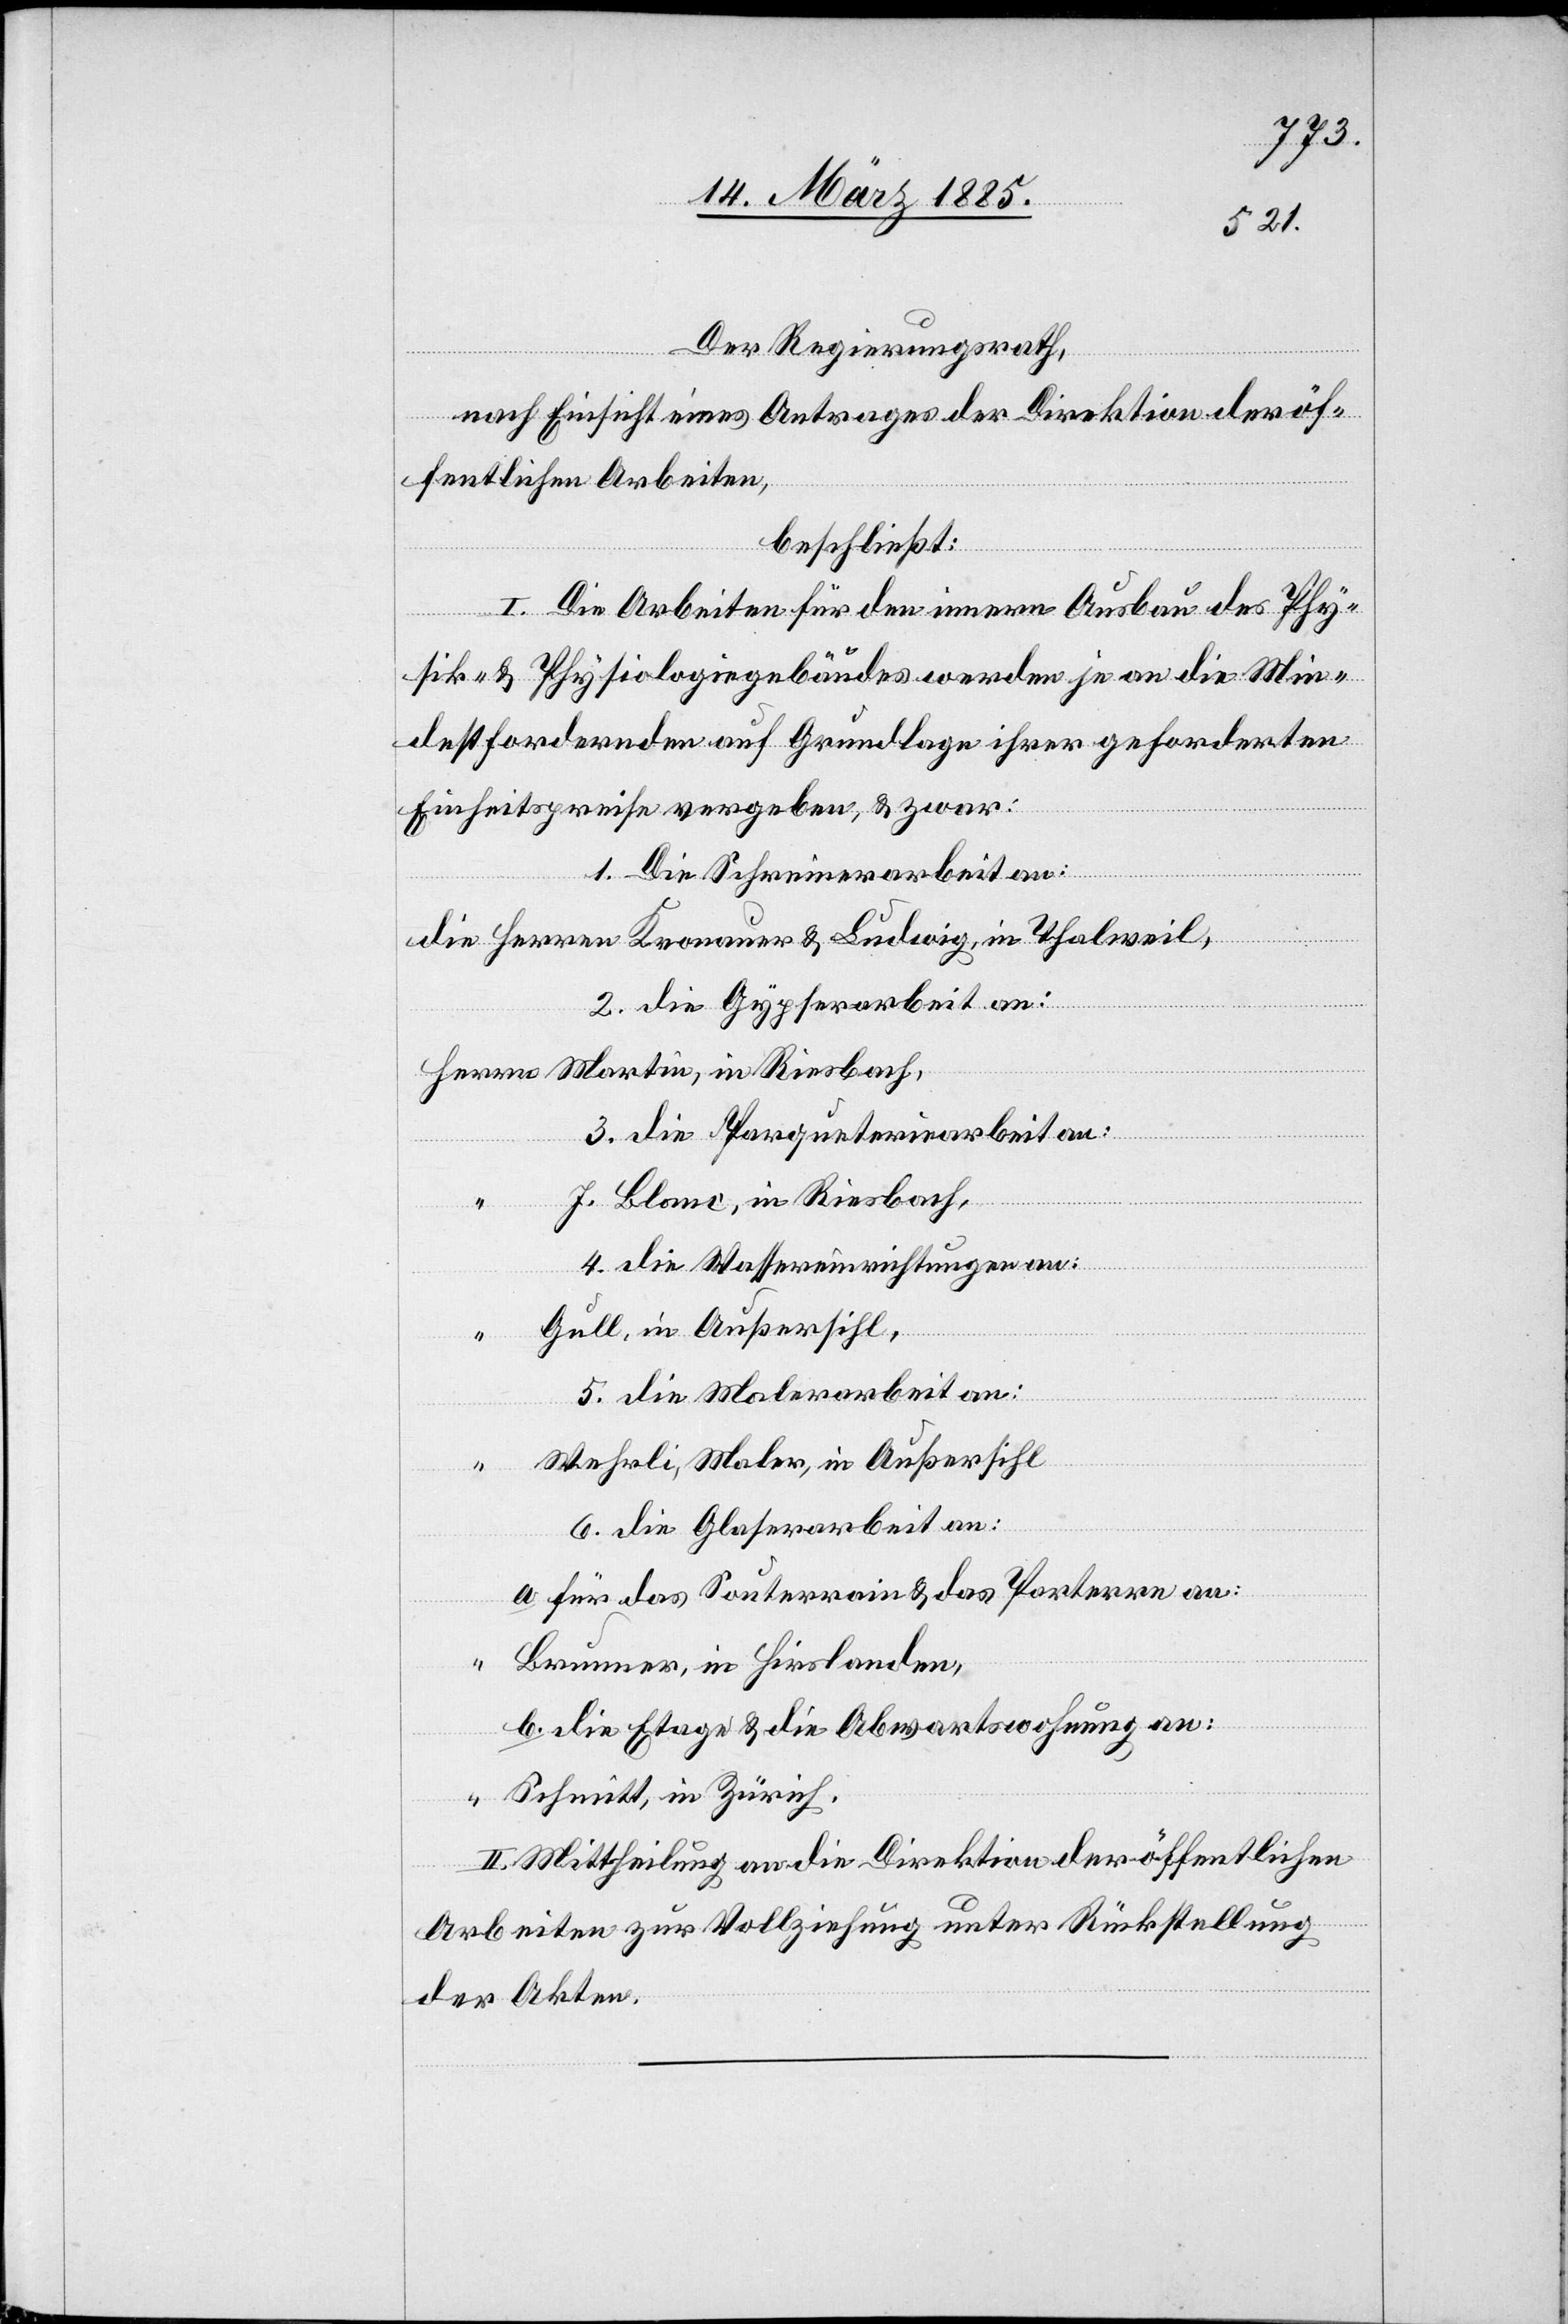
Der Regierungsrath,
nach Einsicht eines Antrages der Direktion der öf¬
fentlichen Arbeiten,
beschließt:
I. Die Arbeiten für den innern Ausbau des Phy¬
sik- & Physiologiegebäudes werden je an die Min¬
destfordernden auf Grundlage ihrer geforderten
Einheitspreise vergeben, & zwar:
1. Die Schreinerarbeit an:
die Herren Kronauer & Ludwig, in Riesbach,
3. die Gypserarbeit an:
Herrn Martini, in Riesbach,
3. die Parqueteriearbeit an:
J. Blanc, in Riesbach,
4. die Wassereinrichtungen an:
Gull, in Außersihl,
5. die Malerarbeit an:
“ Wehrli, Maler, in Außersihl
6. die Glaserarbeit an:
a. für das Souterrain & das Parterre an:
Brunner, in Hirslanden,
b. die Etage & die Abwartswohnung an:
“ Schmitt, in Zürich.
II. Mittheilung an die Direktion der öffentlichen
Arbeiten zur Vollziehung unter Rückstellung
der Akten.